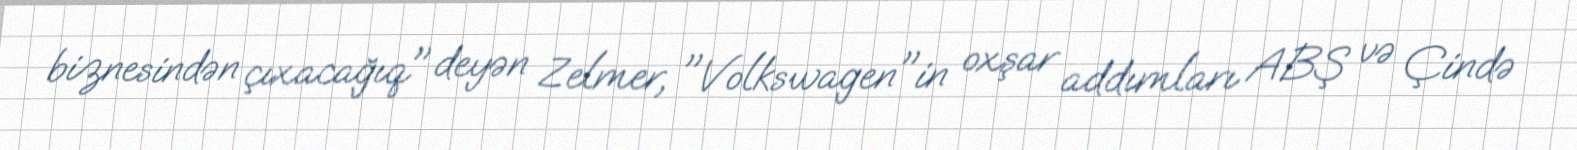
biznesindən çıxacağıq" deyən Zelmer, "Volkswagen"in oxşar addımları ABŞ və Çində